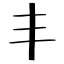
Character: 丰